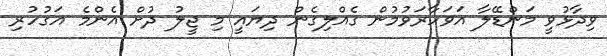
ވިދާޅުވީ މަންޑޭލާ އަވަހާރަވުމުން ގެއްލިގެން ދިޔައީ މި ޖީލު ދުށް އެންމެ އަގުހުރި